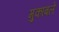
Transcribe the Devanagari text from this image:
मुकाबलें